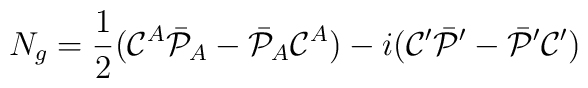
N_g = {1\over2}({\cal C}^A\bar{\cal P}_A - \bar{\cal P}_A{\cal C}^A)              -i({\cal C}'\bar{\cal P}' - \bar{\cal P}'{\cal C}')